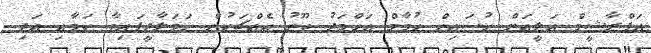
އަފްރާޝީމް ޢަލީއަށް ޙުސައިން ހުމާމް އަޙްމަދު ތޫނު އެއްޗަކުން ޙަމަލާދީފައިވާ ކަމާއި އަދި